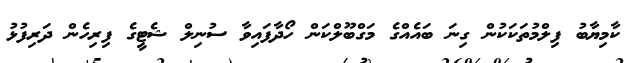
ކާމިޔާބު ފިލްމުތަކަކުން ގިނަ ބައެއްގެ މަގްބޫލްކަން ހޯދާފައިވާ ސުނިލް ޝެޓީގެ ފިރިހެން ދަރިފުޅު